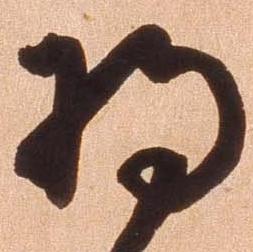
将